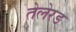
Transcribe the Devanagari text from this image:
तेलेरड